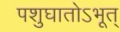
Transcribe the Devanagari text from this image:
पशुघातोऽभूत्‌